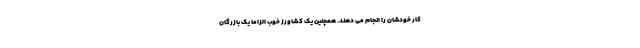
کار خودشان را انجام می دهند. همچنین یک کشاورز خوب الزاما یک بازرگان